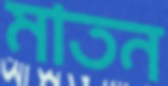
মাতন